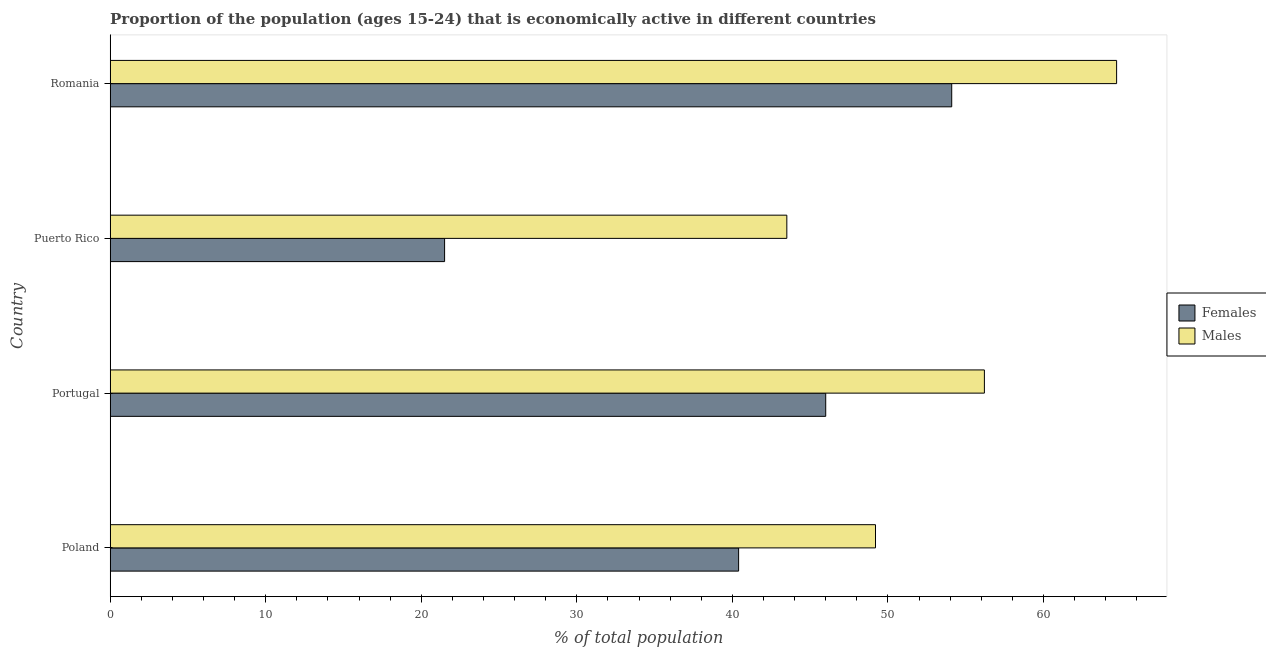
| Country | Females | Males |
 | --- | --- | --- |
 | Poland | 40.4 | 49.2 |
 | Portugal | 46 | 56.2 |
 | Puerto Rico | 21.5 | 43.5 |
 | Romania | 54.1 | 64.7 |